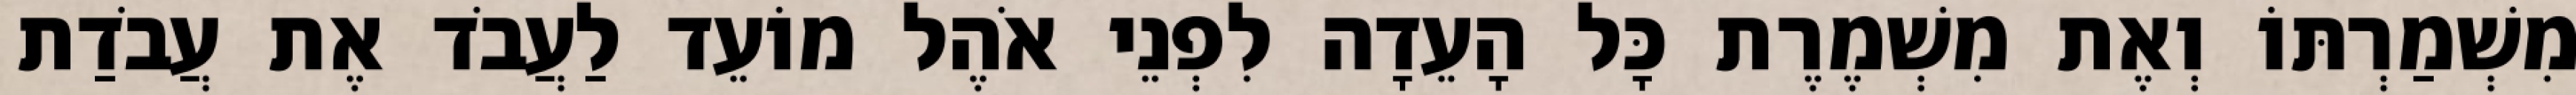
מִשְׁמַרְתּוֹ וְאֶת מִשְׁמֶרֶת כָּל הָעֵדָה לִפְנֵי אֹהֶל מוֹעֵד לַעֲבֹד אֶת עֲבֹדַת